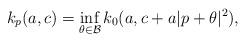
LaTeX: \begin{align*} k_p (a,c)=\inf_{\theta\in \mathcal{B}}k_0 (a,c+a |p+\theta|^2),\end{align*}